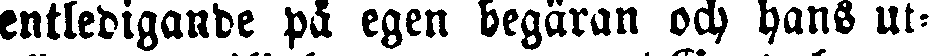
entledigande på egen begäran och hans ut-